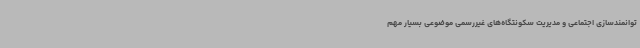
توانمندسازی اجتماعی و مدیریت سکونتگاه‌های غیررسمی موضوعی بسیار مهم